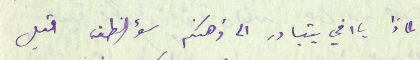
لماذا يا اخي يتبادر الى ذهنكم سؤ الظن قبل